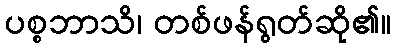
ပစ္စဘာသိ၊ တစ်ဖန်ရွတ်ဆို၏။